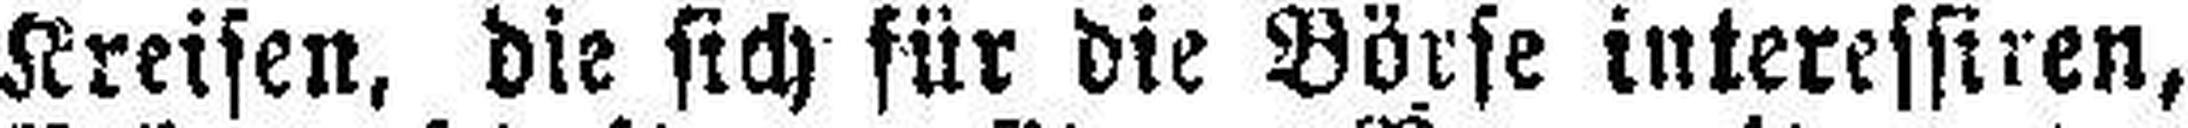
Kreisen, die sich für die Börse interessiren,